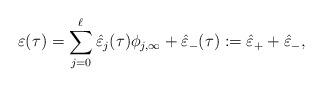
LaTeX: \begin{align*}\varepsilon(\tau) = \sum_{j=0}^{\ell} \hat{\varepsilon}_j(\tau) \phi_{j,\infty} + \hat{\varepsilon}_-(\tau):=\hat{\varepsilon}_+ + \hat{\varepsilon}_- ,\end{align*}